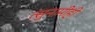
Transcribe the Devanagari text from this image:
त्सुनामीही